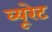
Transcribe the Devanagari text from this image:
व्यूरेट